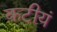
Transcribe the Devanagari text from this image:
कटीयं